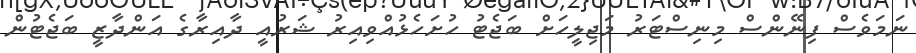
ނަމަވެސް ފިނޭންސް މިނިސްޓަރު މަޖިލީހަށް ބަޖެޓު ހުށަހެޅުއްވިއިރު ޝަރުއީ ދާއިރާގެ އަންދާޒީ ބަޖެޓުން